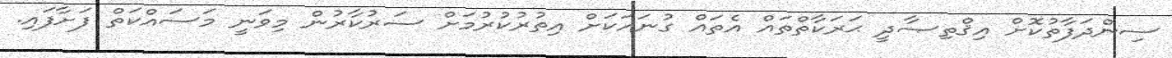
ސިންދަފާތުކޮށް އިޤްތިޞާދީ ޙަރަކާތްތައް އެތައް ގުނައަކަށް އިތުރުކުރުމަށް ސަރުކާރުން މިވަނީ މަސައްކަތް ފަށާފައި.